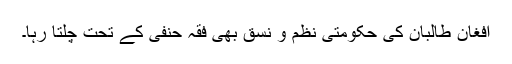
افغان طالبان کی حکومتی نظم و نسق بھی فقہ حنفی کے تحت چلتا رہا۔